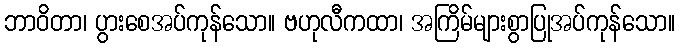
ဘာဝိတာ၊ ပွားစေအပ်ကုန်သော။ ဗဟုလီကထာ၊ အကြိမ်များစွာပြုအပ်ကုန်သော။